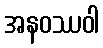
အနဝဿဝါ